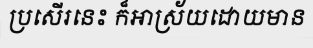
ប្រសើរនេះ ក៏អាស្រ័យដោយមាន